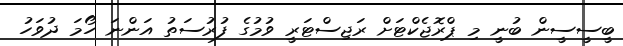
ބީސީސީން ބުނީ މި ޕްރޮޖެކްޓަށް ރަޖިސްޓަރީ ވުމުގެ ފުރުސަތު އަންނަ ހޯމަ ދުވަހު